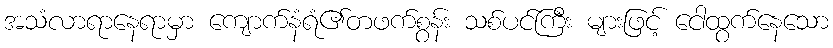
အသံလာရာနေရာမှာ ကျောက်နံရံ၏တဖက်စွန်း သစ်ပင်ကြီး များဖြင့် ငေါထွက်နေသော